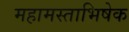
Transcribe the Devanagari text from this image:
महामस्ताभिषेक